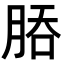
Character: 𬚻